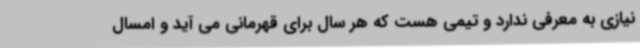
نیازی به معرفی ندارد و تیمی هست که هر سال برای قهرمانی می آید و امسال